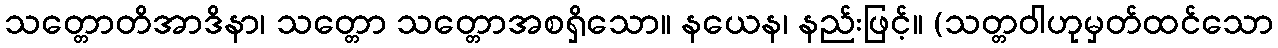
သတ္တောတိအာဒိနာ၊ သတ္တော သတ္တောအစရှိသော။ နယေန၊ နည်းဖြင့်။ (သတ္တဝါဟုမှတ်ထင်သော